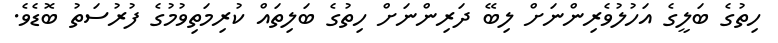
ހިތުގެ ބަލީގެ އަހުލުވެރިންނަށް ލިބޭ ދަރިންނަށް ހިތުގެ ބަލިތައް ކުރިމަތިވުމުގެ ފުރުސަތު ބޮޑެވެ.